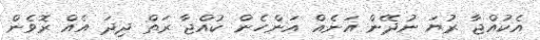
އެކުއްޖާ ރުޔަ ނުދޭން އަނެއް އަންހެން ކުއްޖާ ރަތް ދިދަ އެއް ރޮވެން